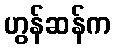
ဟွန်ဆန်က